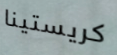
كريستينا